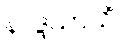
နာဒ္ဒသာသိံ